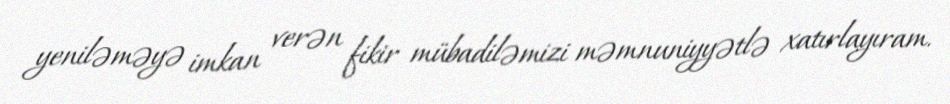
yeniləməyə imkan verən fikir mübadiləmizi məmnuniyyətlə xatırlayıram.